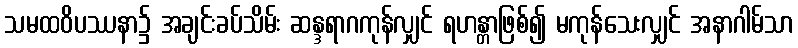
သမထဝိပဿနာ၌ အချင်းခပ်သိမ်း ဆန္ဒရာဂကုန်လျှင် ရဟန္တာဖြစ်၍ မကုန်သေးလျှင် အနာဂါမ်သာ